Report of the Indian Hemp Drugs Commission, 1894-1895 - Volume VII
Year: 1894
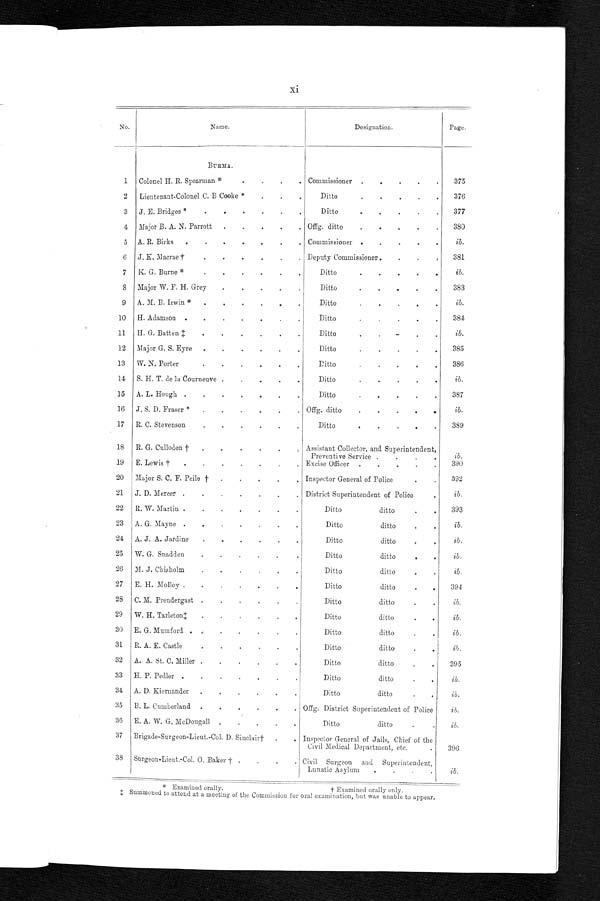
xi
No.
Name.
Designation.
Page.
1
BURMA.
Colonel H. R. Spearman * .
.
. Commissioner
. . .
375
2
Lieutenant-Colonel C. B Cooke * . . .
Ditto. . .
376
3 J. E. Bridges * .
.
.
Ditto. . .
377
4 Major B. A. N. Parrott
. . . Offg. ditto
. . .
380
5 A. R. Birks
. . . Commissioner
. . .
ib•
6
J. K. Macrae †
. . . Deputy Commissioner . . .
381
7
K. G. Burne * . . .
Ditto . . .
ib.
8 Major W. F. H. Grey
. . .
Ditto . . .
383
9
A. M. B. Irwin * . . .
Ditto . . .
ib.
10
H. Adamson
. . .
Ditto. . .
384
11
H. G. Batten ‡ . . .
Ditto
. . .
ib.
12
Major G. S. Eyre
. . .
Ditto. . .
385
13
W. N. Porter . . .
D i t t o . . . 386
14 S. H. T. de la Courneuve . . .
Ditto . . .
ib.
15
A. L. Hough . . .
Ditto . . .
387
16 J. S. D. Fraser * . . .
Offg. ditto
. . .
ib.
17 R. C. Stevenson
. . .
Ditto
. . .
389
18
R. G. Culloden †
. . .
Assistant Collector, and Superintendent,
Preventive Service
. . .
ib•
19
E. Lewis † . . .
Excise Officer
. . .
390
20
Major S. C. F. Peile † . . .
Inspector General of Police
. . .
392
21 J. D. Mercer . . .
District Superintendent of Police
ib.
22 R. W. Martin . . .
Ditto
ditto
. . .
393
23 A. G. Mayne . . .
Ditto
ditto
. . .
ib.
24
A. J. A. Jardine
. . .
Ditto
ditto
. . .
ib.
25 W. G. Snadden.
. . .
Ditto
ditto
. . .
ib•
26
M. J. Chisholm
. . .
Ditto
ditto
. . .
ib.
27
E. H. Molloy . . .
Ditto
ditto
. . .
394
28 C. M. Prendergast
. . .
Ditto
ditto
. . .
ib.
29
W. H. Tarleton‡
. . .
Ditto
ditto
. . .
ib.
30 E. G. Mumford
. . .
Ditto
ditto
. . .
ib.
31 R. A. E. Castle
. . .
Ditto
ditto
. . .
ib.
32 A. A. St. C. Miller
. . .
Ditto
ditto
. . .
395
33 H. P. Pedler
. . .
Ditto
ditto
. . .
ib.
34 A. D. Kiernander
. . .
Ditto
ditto
. . .
ib.
35
B. L. Cumberland
. . . Offg. District Superintendent of Police
ib.
36
E. A. W. G. McDougall
. . .
Ditto
ditto
. . .
ib.
37 Brigade-Surgeon-Lieut.-Col. D. Sinclair†
. . . Inspector General of Jails, Chief of the
Civil Medical Department, etc.
. . .
396
38 Surgeon-Lieut.-Col. O. Baker †
. . . Civil Surgeon and Superintendent,
Lunatic Asylum
. . .
ib.
* Examined orally.
† Examined orally only.
‡ Summoned to attend at a meeting of the Commission for oral examination, but was unable to appear.